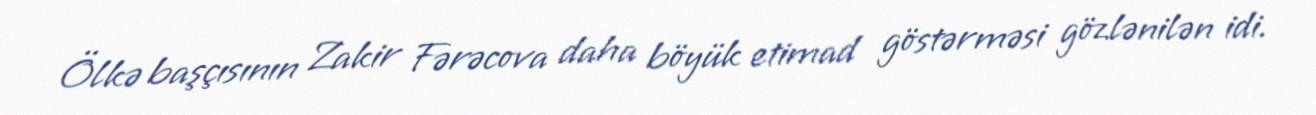
Ölkə başçısının Zakir Fərəcova daha böyük etimad göstərməsi gözlənilən idi.